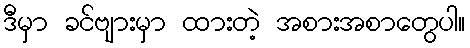
ဒီမှာ ခင်ဗျားမှာ ထားတဲ့ အစားအစာတွေပါ။